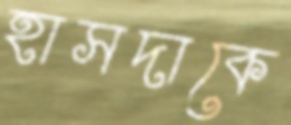
হাসদাকে